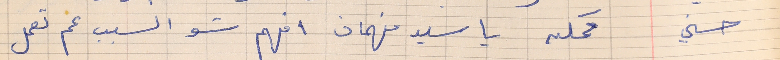
حسني     ممكن يا سيد فهمان افهم شو السبب عم تعمل